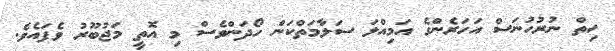
ހިތް ނުރުހުނަސް އަހަރެންގެ އަމިއްލަ ސަލާމަތްކަން ހޯދަންވެސް މި އޮތީ މަޖުބޫރު ވެފައެވެ.